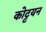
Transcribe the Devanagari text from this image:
कोट्टयन